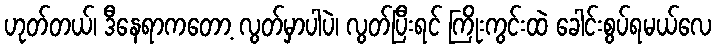
ဟုတ်တယ်၊ ဒီနေရာကတော့ လွတ်မှာပါပဲ၊ လွတ်ပြီးရင် ကြိုးကွင်းထဲ ခေါင်းစွပ်ရမယ်လေ